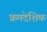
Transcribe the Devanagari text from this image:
क्रमदेशिक